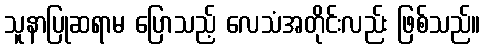
သူနာပြုဆရာမ ပြောသည့် လေသံအတိုင်းလည်း ဖြစ်သည်။